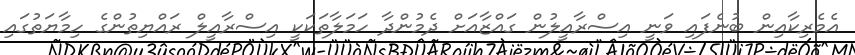
އެމެރިކާއިން ބުނެފައި ވަނީ އިސްރާއީލުން ގައްޒާއަށް ދެމުންދާ ހަމަލާތަކަކީ އިސްރާއީލް ރައްޔިތުންގެ ހިމާޔަތުގައި